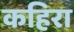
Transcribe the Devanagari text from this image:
कहिरा